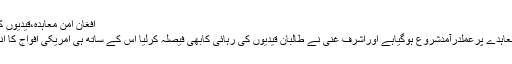
افغان امن معاہدہ،قیدیوں کی رہائی کاسلسلہ مثبت اقدام
آخرکارپا ک امریکہ افغان معاہدے پرعملدرآمدشروع ہوگیاہے اوراشرف غنی نے طالبان قیدیوں کی رہائی کابھی فیصلہ کرلیا اس کے ساتھ ہی امریکی افواج کا انخلاء بھی شروع ہوچکاہے ۔